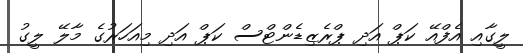
ލީގާއި އެފްއޭ ކަޕް އަދި ޕްރެޒިޑެންޓްސް ކަޕް އަދި މިއަހަރުގެ މާލޭ ލީގު